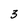
Character: 3